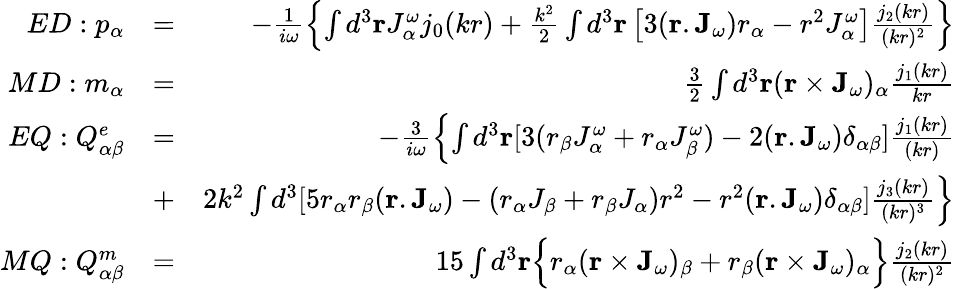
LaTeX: \begin{array}{rlr}{ED:p_{\alpha}}&{=}&{-\frac{1}{i\omega}\Bigl\{ \int{d}^{3}\mathbf{r}{J}_{\alpha}^{\omega}j_{0}(kr)+\frac{k^{2}}{2}\int{d}^{3}\mathbf{r}\left[3(\mathbf{r}.\mathbf{J}_{\omega}){r}_{\alpha}-{r}^{2}{J}_{\alpha}^{\omega}\right]\frac{j_{2}(kr)}{(kr)^{2}}\Bigr\} }\\ {MD:m_{\alpha}}&{=}&{\frac{3}{2}\int{d}^{3}\mathbf{r}(\mathbf{r}\times\mathbf{J}_{\omega})_{\alpha}\frac{j_{1}(kr)}{kr}}\\ {EQ:Q_{\alpha\beta}^{e}}&{=}&{-\frac{3}{i\omega}\Bigl\{ \int{d}^{3}\mathbf{r}[3(r_{\beta}{J}_{\alpha}^{\omega}+r_{\alpha}{J}_{\beta}^{\omega})-2(\mathbf{r}.\mathbf{J}_{\omega}){\delta}_{\alpha\beta}]\frac{j_{1}(kr)}{(kr)}}\\ &{+}&{2k^{2}\int{d}^{3}[5r_{\alpha}r_{\beta}(\mathbf{r}.\mathbf{J}_{\omega})-(r_{\alpha}J_{\beta}+r_{\beta}J_{\alpha})r^{2}-r^{2}(\mathbf{r}.\mathbf{J}_{\omega}){\delta}_{\alpha\beta}]\frac{j_{3}(kr)}{(kr)^{3}}\Bigr\} }\\ {MQ:Q_{\alpha\beta}^{m}}&{=}&{15\int{d}^{3}\mathbf{r}\Bigl\{ r_{\alpha}(\mathbf{r}\times\mathbf{J}_{\omega})_{\beta}+r_{\beta}(\mathbf{r}\times\mathbf{J}_{\omega})_{\alpha}\Bigr\} \frac{j_{2}(kr)}{{(kr)^{2}}}}\end{array}